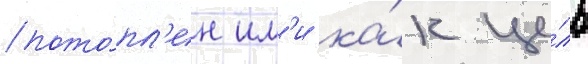
пото́пл'ен им'и ка́к це́ль